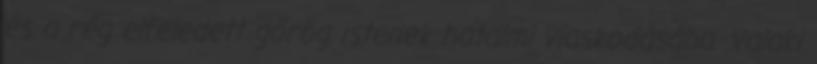
és a rég elfeledett görög istenek hatalmi viaskodásába. Valaki